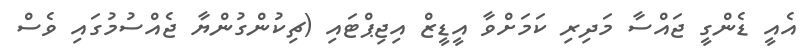
އެއީ ޑެންގީ ޖައްސާ މަދިރި ކަމަށްވާ އީޑީޒް އިޖިޕްޓައި (ޗިކުންގުންޔާ ޖެއްސުމުގައި ވެސް